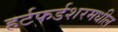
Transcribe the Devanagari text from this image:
हर्टफर्डशरमधील